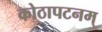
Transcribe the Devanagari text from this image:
कोठापटनम्